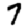
Digit: 7